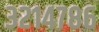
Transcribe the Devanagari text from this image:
३२१४७८६